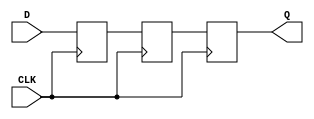
module TwoFF_Metastability_Detector (
    input wire CLK,      // Local clock signal
    input wire D,        // Asynchronous input signal
    output reg Q         // Stable output signal
);

    // Internal signals for the flip-flops
    reg FF1;            // Output of the first flip-flop
    reg FF2;            // Output of the second flip-flop

    // First flip-flop: samples the asynchronous input D
    always @(posedge CLK) begin
        FF1 <= D;       // Capture the asynchronous input
    end

    // Second flip-flop: samples the output of the first flip-flop
    always @(posedge CLK) begin
        FF2 <= FF1;     // Capture the output of the first flip-flop
    end

    // Output assignment
    always @(posedge CLK) begin
        Q <= FF2;       // Output the stable value
    end

endmodule